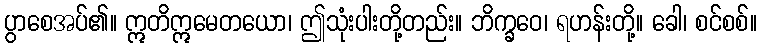
ပွာစေအပ်၏။ ဣတိဣမေတယော၊ ဤသုံးပါးတို့တည်း။ ဘိက္ခဝေ၊ ရဟန်းတို့။ ခေါ၊ စင်စစ်။